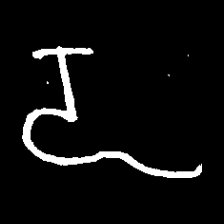
Pyu character \u2014 Myanmar letter: ဍ (romanized: dda)